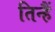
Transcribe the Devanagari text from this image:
तिन्‍हैं